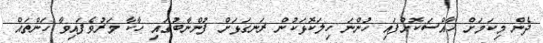
ދެން މިކަމަށް ހާއްސަކޮށްފައި ހުންނަ ހިލަކޮޅަކުން ރަނގަޅަށް ފުންނާބުގައި ހާކާ މަރުވެފައިވާ ހަންތައް